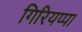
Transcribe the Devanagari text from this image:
गिरियप्पा